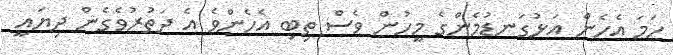
ހަމަ އެހެން އަޅުގަނޑުމެންގެ މީހުން ވެސް ތިބި އެހެންވެ އެ ދަތުރުވެގެން ދިޔައީ